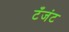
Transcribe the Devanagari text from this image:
टँजंट